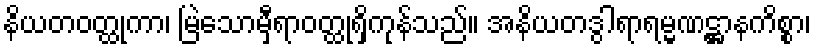
နိယတဝတ္ထုကာ၊ မြဲသောမှီရာဝတ္ထုရှိကုန်သည်။ အနိယတဒွါရာရမ္မဏဋ္ဌာနကိစ္စာ၊